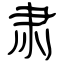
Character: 肃